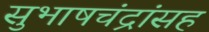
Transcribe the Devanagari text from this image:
सुभाषचंद्रांसह